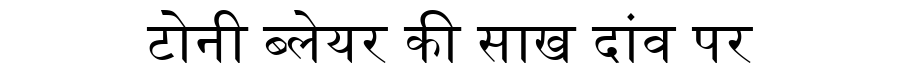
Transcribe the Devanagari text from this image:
टोनी ब्लेयर की साख दांव पर